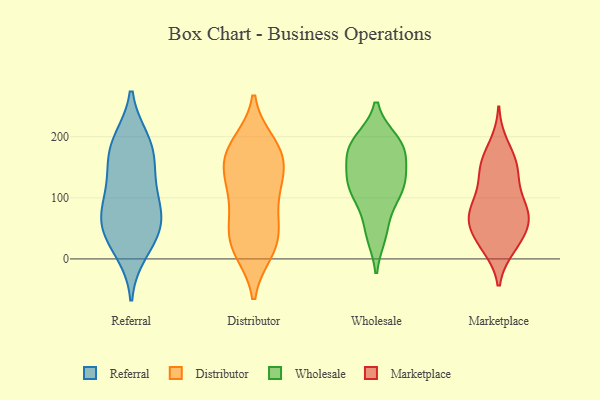
{"axis": {"x": "Humidity (%)", "y": "Value"}, "legend": ["Distributor", "Marketplace", "Referral", "Wholesale"], "data": [{"x": "", "y": 184, "type": "Referral"}, {"x": "", "y": 79, "type": "Referral"}, {"x": "", "y": 140, "type": "Referral"}, {"x": "", "y": 42, "type": "Referral"}, {"x": "", "y": 193, "type": "Referral"}, {"x": "", "y": 139, "type": "Referral"}, {"x": "", "y": 36, "type": "Referral"}, {"x": "", "y": 62, "type": "Referral"}, {"x": "", "y": 73, "type": "Referral"}, {"x": "", "y": 96, "type": "Referral"}, {"x": "", "y": 184, "type": "Referral"}, {"x": "", "y": 13, "type": "Referral"}, {"x": "", "y": 12, "type": "Distributor"}, {"x": "", "y": 139, "type": "Distributor"}, {"x": "", "y": 137, "type": "Distributor"}, {"x": "", "y": 179, "type": "Distributor"}, {"x": "", "y": 19, "type": "Distributor"}, {"x": "", "y": 79, "type": "Distributor"}, {"x": "", "y": 178, "type": "Distributor"}, {"x": "", "y": 190, "type": "Distributor"}, {"x": "", "y": 94, "type": "Distributor"}, {"x": "", "y": 182, "type": "Distributor"}, {"x": "", "y": 123, "type": "Distributor"}, {"x": "", "y": 165, "type": "Distributor"}, {"x": "", "y": 56, "type": "Distributor"}, {"x": "", "y": 39, "type": "Distributor"}, {"x": "", "y": 131, "type": "Distributor"}, {"x": "", "y": 12, "type": "Distributor"}, {"x": "", "y": 43, "type": "Distributor"}, {"x": "", "y": 40, "type": "Wholesale"}, {"x": "", "y": 173, "type": "Wholesale"}, {"x": "", "y": 115, "type": "Wholesale"}, {"x": "", "y": 118, "type": "Wholesale"}, {"x": "", "y": 131, "type": "Wholesale"}, {"x": "", "y": 181, "type": "Wholesale"}, {"x": "", "y": 45, "type": "Wholesale"}, {"x": "", "y": 91, "type": "Wholesale"}, {"x": "", "y": 132, "type": "Wholesale"}, {"x": "", "y": 113, "type": "Wholesale"}, {"x": "", "y": 193, "type": "Wholesale"}, {"x": "", "y": 161, "type": "Wholesale"}, {"x": "", "y": 191, "type": "Wholesale"}, {"x": "", "y": 187, "type": "Wholesale"}, {"x": "", "y": 66, "type": "Marketplace"}, {"x": "", "y": 115, "type": "Marketplace"}, {"x": "", "y": 145, "type": "Marketplace"}, {"x": "", "y": 84, "type": "Marketplace"}, {"x": "", "y": 78, "type": "Marketplace"}, {"x": "", "y": 28, "type": "Marketplace"}, {"x": "", "y": 144, "type": "Marketplace"}, {"x": "", "y": 58, "type": "Marketplace"}, {"x": "", "y": 153, "type": "Marketplace"}, {"x": "", "y": 187, "type": "Marketplace"}, {"x": "", "y": 43, "type": "Marketplace"}, {"x": "", "y": 160, "type": "Marketplace"}, {"x": "", "y": 94, "type": "Marketplace"}, {"x": "", "y": 68, "type": "Marketplace"}, {"x": "", "y": 19, "type": "Marketplace"}, {"x": "", "y": 69, "type": "Marketplace"}, {"x": "", "y": 21, "type": "Marketplace"}]}